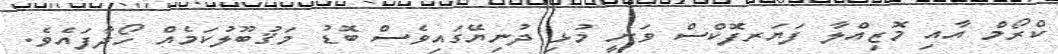
ކްރޯމް އާއި މޮޒިއްލާ ފަޔަރފޮކްސް ވަނީ މުޅި ދުނިޔޭގައިވެސް ބޮޑު މަޤުބޫލުކަމެއް ހޯދާފައެވެ.